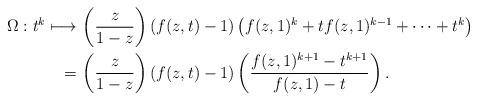
LaTeX: \begin{align*}\Omega : t^k \longmapsto \, & \left(\frac{z}{1-z}\right)(f(z,t)-1)\left(f(z,1)^{k} + tf(z,1)^{k-1} + \cdots + t^{k}\right)\\= \, & \left(\frac{z}{1-z}\right)(f(z,t)-1)\left(\frac{f(z,1)^{k+1}-t^{k+1}}{f(z,1)-t}\right).\end{align*}